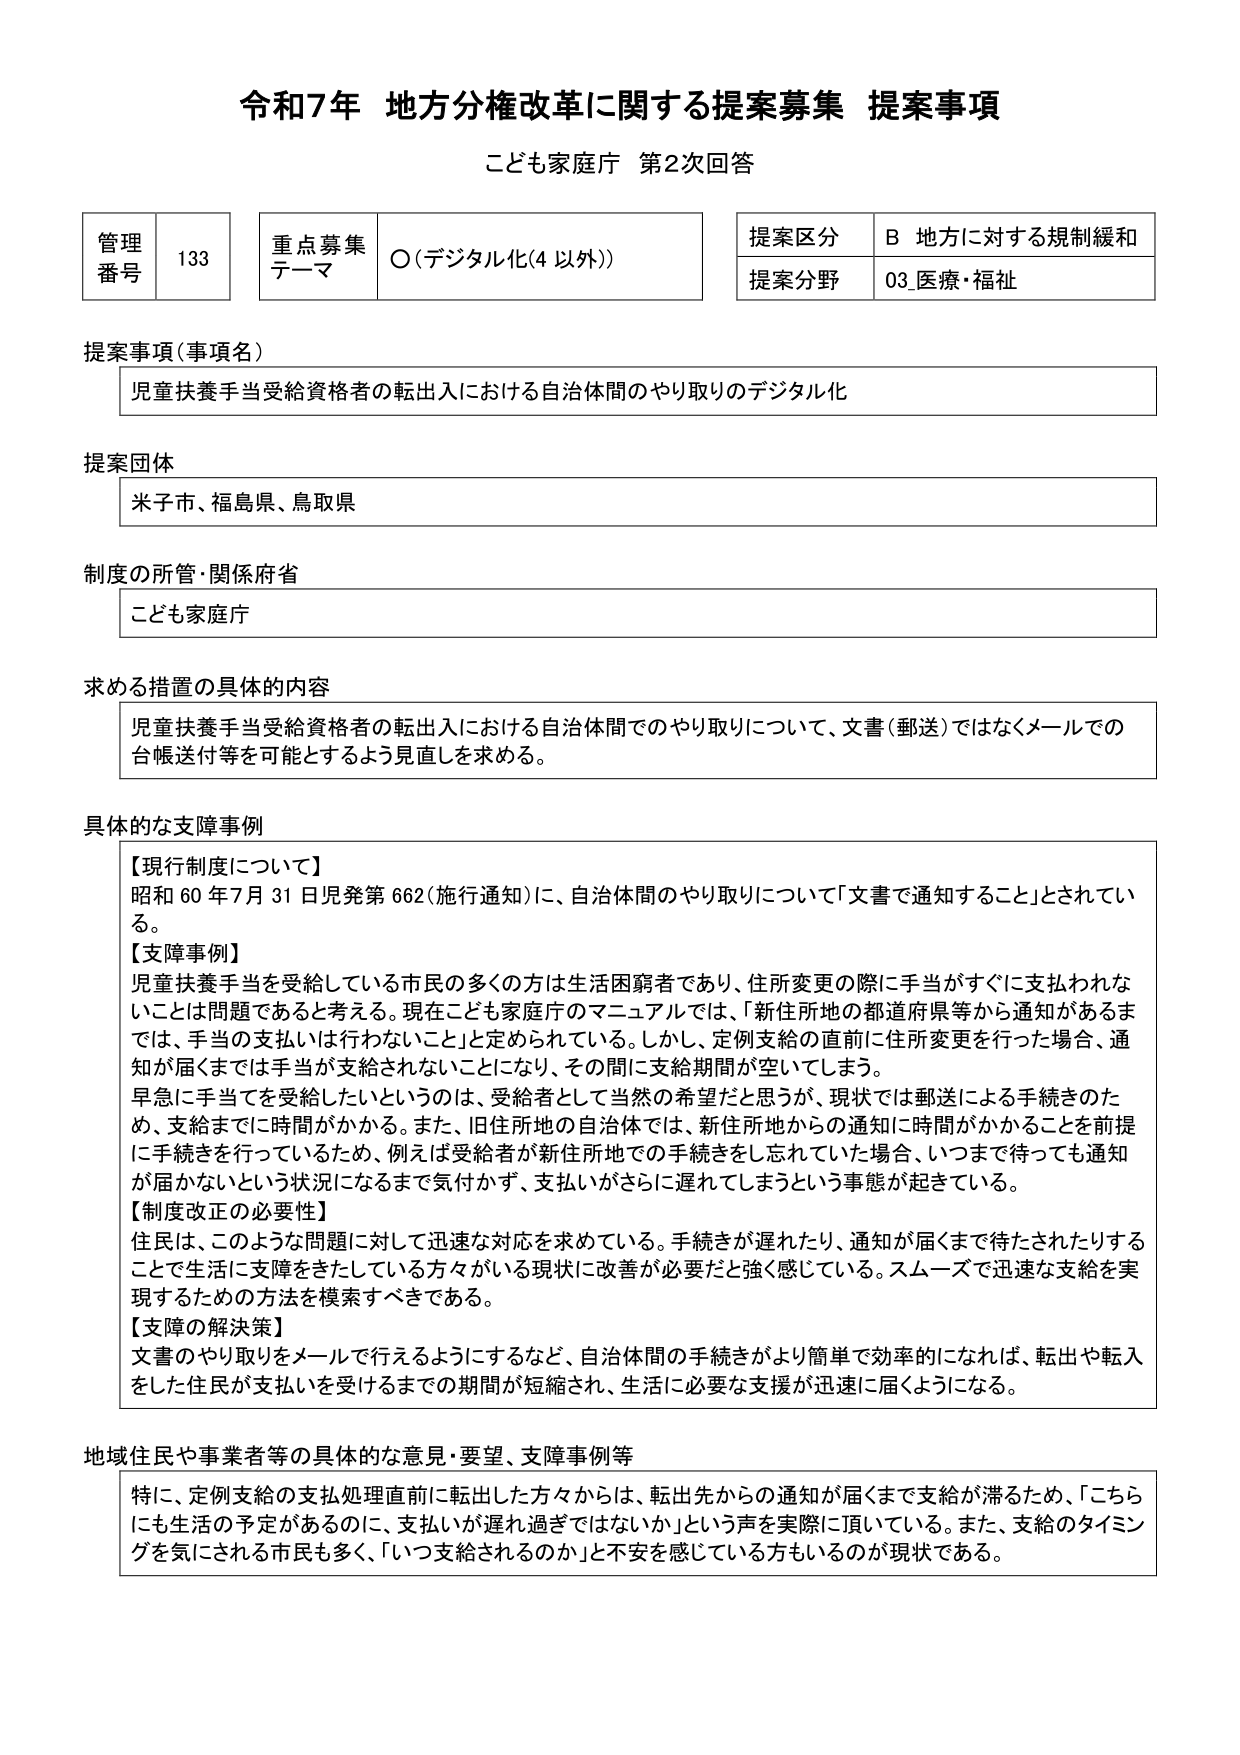
令和7年 地方分権改革に関する提案募集 提案事項
こども家庭庁 第2次回答

管理番号 133
重点募集テーマ ○（デジタル化（4 以外））
提案区分 B 地方に対する規制緩和
提案分野 03_医療・福祉

提案事項（事項名）
児童扶養手当受給資格者の転出入における自治体間のやり取りのデジタル化

提案団体
米子市、福島県、鳥取県

制度の所管・関係府省
こども家庭庁

求める措置の具体的内容
児童扶養手当受給資格者の転出入における自治体間でのやり取りについて、文書（郵送）ではなくメールでの台帳送付等を可能とするよう見直しを求める。

具体的な支障事例
【現行制度について】
昭和60年7月31日児発第662（施行通知）に、自治体間のやり取りについて「文書で通知すること」とされている。
【支障事例】
児童扶養手当を受給している市民の多くの方は生活困窮者であり、住所変更の際に手当がすぐに支払われないことは問題であると考える。現在こども家庭庁のマニュアルでは、「新住所地の都道府県等から通知があるまでは、手当の支払いは行わないこと」と定められている。しかし、定例支給の直前に住所変更を行った場合、通知が届くまでは手当が支給されないことになり、その間に支給期間が空いてしまう。
早急に手当を受給したいというのは、受給者として当然の希望だと思うが、現状では郵送による手続きのため、支給までに時間がかかる。また、旧住所地の自治体では、新住所地からの通知に時間がかかることを前提に手続きを行っているため、例えば受給者が新住所地での手続きをし忘れていた場合、いつまで待っても通知が届かないという状況になるまで気付かず、支払いがさらに遅れてしまうという事態が起きている。
【制度改正の必要性】
住民は、このような問題に対して迅速な対応を求めている。手続きが遅れたり、通知が届くまで待たされたりすることで生活に支障をきたしている方々がいる現状に改善が必要だと強く感じている。スムーズで迅速な支給を実現するための方法を模索すべきである。
【支障の解決策】
文書のやり取りをメールで行えるようにするなど、自治体間の手続きがより簡単で効率的になれば、転出や転入をした住民が支払いを受けるまでの期間が短縮され、生活に必要な支援が迅速に届くようになる。

地域住民や事業者等の具体的な意見・要望、支障事例等
特に、定例支給の支払処理直前に転出した方々からは、転出先からの通知が届くまで支給が滞るため、「こちらにも生活の予定があるのに、支払いが遅れ過ぎではないか」という声を実際に頂いている。また、支給のタイミングを気にされる市民も多く、「いつ支給されるのか」と不安を感じている方もいるのが現状である。